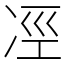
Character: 𠗊